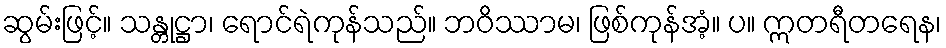
ဆွမ်းဖြင့်။ သန္တုဋ္ဌာ၊ ရောင်ရဲကုန်သည်။ ဘဝိဿာမ၊ ဖြစ်ကုန်အံ့။ ပ။ ဣတရီတရေန၊